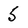
Character: 5